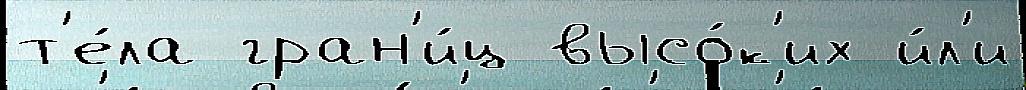
т'е́ла гран'и́ц высо́к'их и́л'и